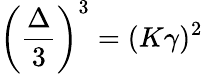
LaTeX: \left(\frac{\Delta}{3}\right)^{3}=(K\gamma)^{2}